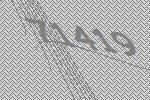
71419